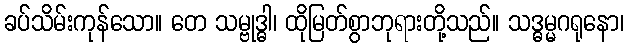
ခပ်သိမ်းကုန်သော။ တေ သမ္ဗုဒ္ဓါ၊ ထိုမြတ်စွာဘုရားတို့သည်။ သဒ္ဓမ္မဂရုနော၊